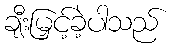
ချီးမြှင့်ခဲ့ပါသည်